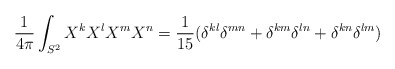
\begin{align*}\frac{1}{4\pi}\int_{S^2} X^kX^lX^mX^n = \frac{1}{15}(\delta^{kl}\delta^{mn} + \delta^{km}\delta^{ln} + \delta^{kn}\delta^{lm}) \end{align*}